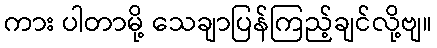
ကား ပါတာမို့ သေချာပြန်ကြည့်ချင်လို့ဗျ။